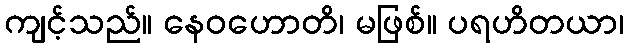
ကျင့်သည်။ နေဝဟောတိ၊ မဖြစ်။ ပရဟိတယာ၊